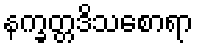
နက္ခတ္တဒိသစောရာ